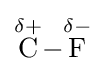
{\ce {{\overset {\delta+}{C}}-{\overset {\delta-}{F}}}}